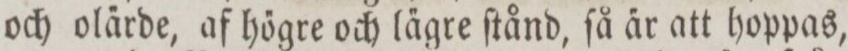
och ola̋rde, af hőgre och la̋gre ſtånd, ſå a̋r att hoppas,